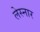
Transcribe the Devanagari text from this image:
लेस्नार